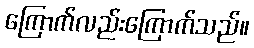
ကြောက်လည်းကြောက်သည်။